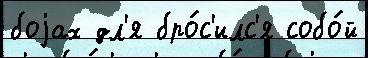
боjах дл'я бро́с'илс'я собо́й